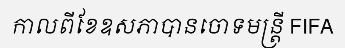
កាលពីខែឧសភាបានចោទមន្ត្រី FIFA